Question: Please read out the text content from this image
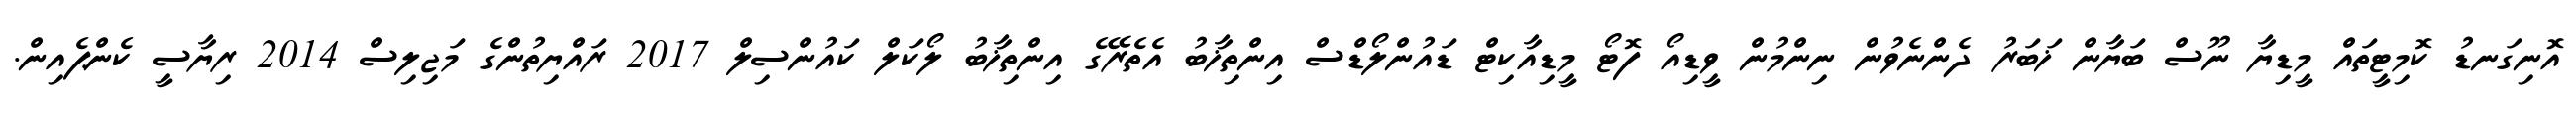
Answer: އޮނިގަނޑު ކޮމިޓީތައް މީޑިޔާ ނޫސް ބަޔާން ޚަބަރު ދެންނެވުން ނިންމުން ވީޑިއޯ ފޮޓޯ މީޑިއާކިޓް ޑައުންލޯޑްސް އިންތިޚާބު އެތެރޭގެ އިންތިޚާބު ލޯކަލް ކައުންސިލް 2017 ރައްޔިތުންގެ މަޖިލިސް 2014 ރިޔާސީ ކެންޕެއިން.